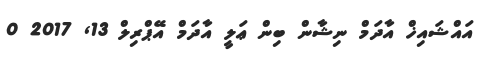
އައްޝައިޚް އާދަމް ނިޝާން ބިން ޢަލީ އާދަމް އޭޕްރިލް 13